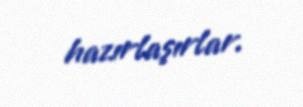
hazırlaşırlar.